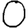
Digit: 0